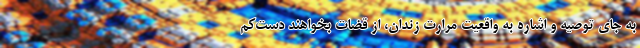
به جای توصیه و اشاره به واقعیتِ مرارتِ زندان، از قضات بخواهند دست‌کم